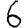
Digit: 6